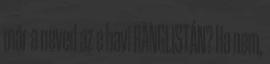
már a neved az e havi RANGLISTÁN? Ha nem,